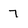
Character: 7